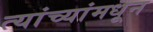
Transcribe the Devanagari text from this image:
त्यांच्यांमधून